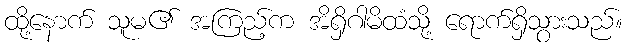
ထို့နောက် သူမ၏ အကြည့်က အိရှိဂါမိထံသို့ ရောက်ရှိသွားသည်။